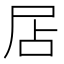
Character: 𡱇